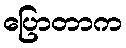
ပြောတာက